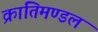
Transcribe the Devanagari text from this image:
क्रांतिमण्डल